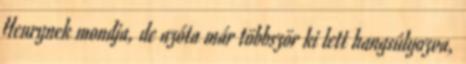
Henrynek mondja, de azóta már többször ki lett hangsúlyozva,